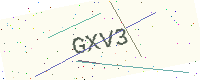
Text: GXV3